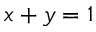
x + y = 1